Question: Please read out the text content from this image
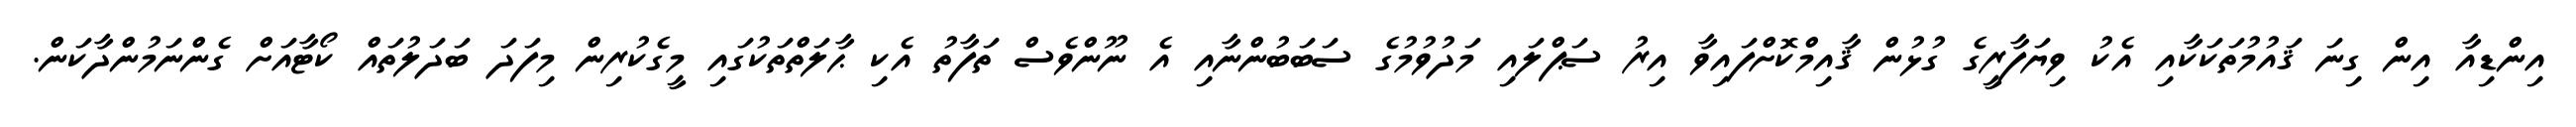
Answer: އިންޑިއާ އިން ގިނަ ޤައުމުތަކަކާއި އެކު ވިޔަފާރީގެ ގުޅުން ޤާއިމްކޮށްފައިވާ އިރު ސަޕްލައި މަދުވުމުގެ ސަބަބުންނާއި އެ ނޫންވެސް ތަފާތު އެކި ޙާލަތްތަކުގައި މީގެކުރިން މިފަދަ ބަދަލުތައް ކޯޓާއަށް ގެންނަމުންދާކަން.